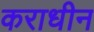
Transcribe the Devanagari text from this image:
कराधीन